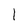
Character: 1